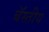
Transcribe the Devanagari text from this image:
बॅस्तीय